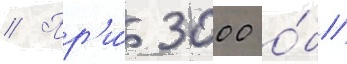
// Пр'и́ 3000 о́б/